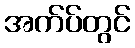
အက်ပ်တွင်